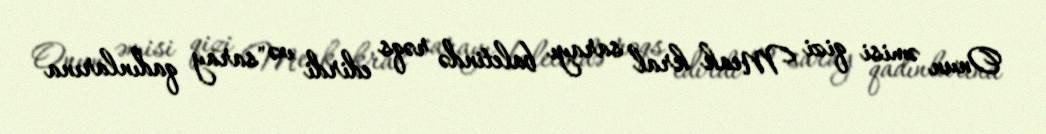
Onun əmisi qizi Meak kral sarayı baletində rəqs edirdi və "saray qadınlarına